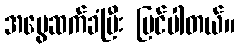
အမွေဆက်ခံပြီး ပြင်ပါတယ်။